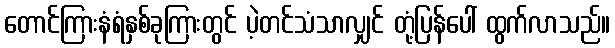
တောင်ကြားနံရံနှစ်ခုကြားတွင် ပဲ့တင်သံသာလျှင် တုံ့ပြန်ပေါ် ထွက်လာသည်။